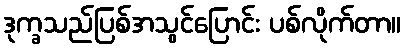
ဒုက္ခသည်ပြစ်အသွင်ပြောင်း ပစ်လိုက်တာ။